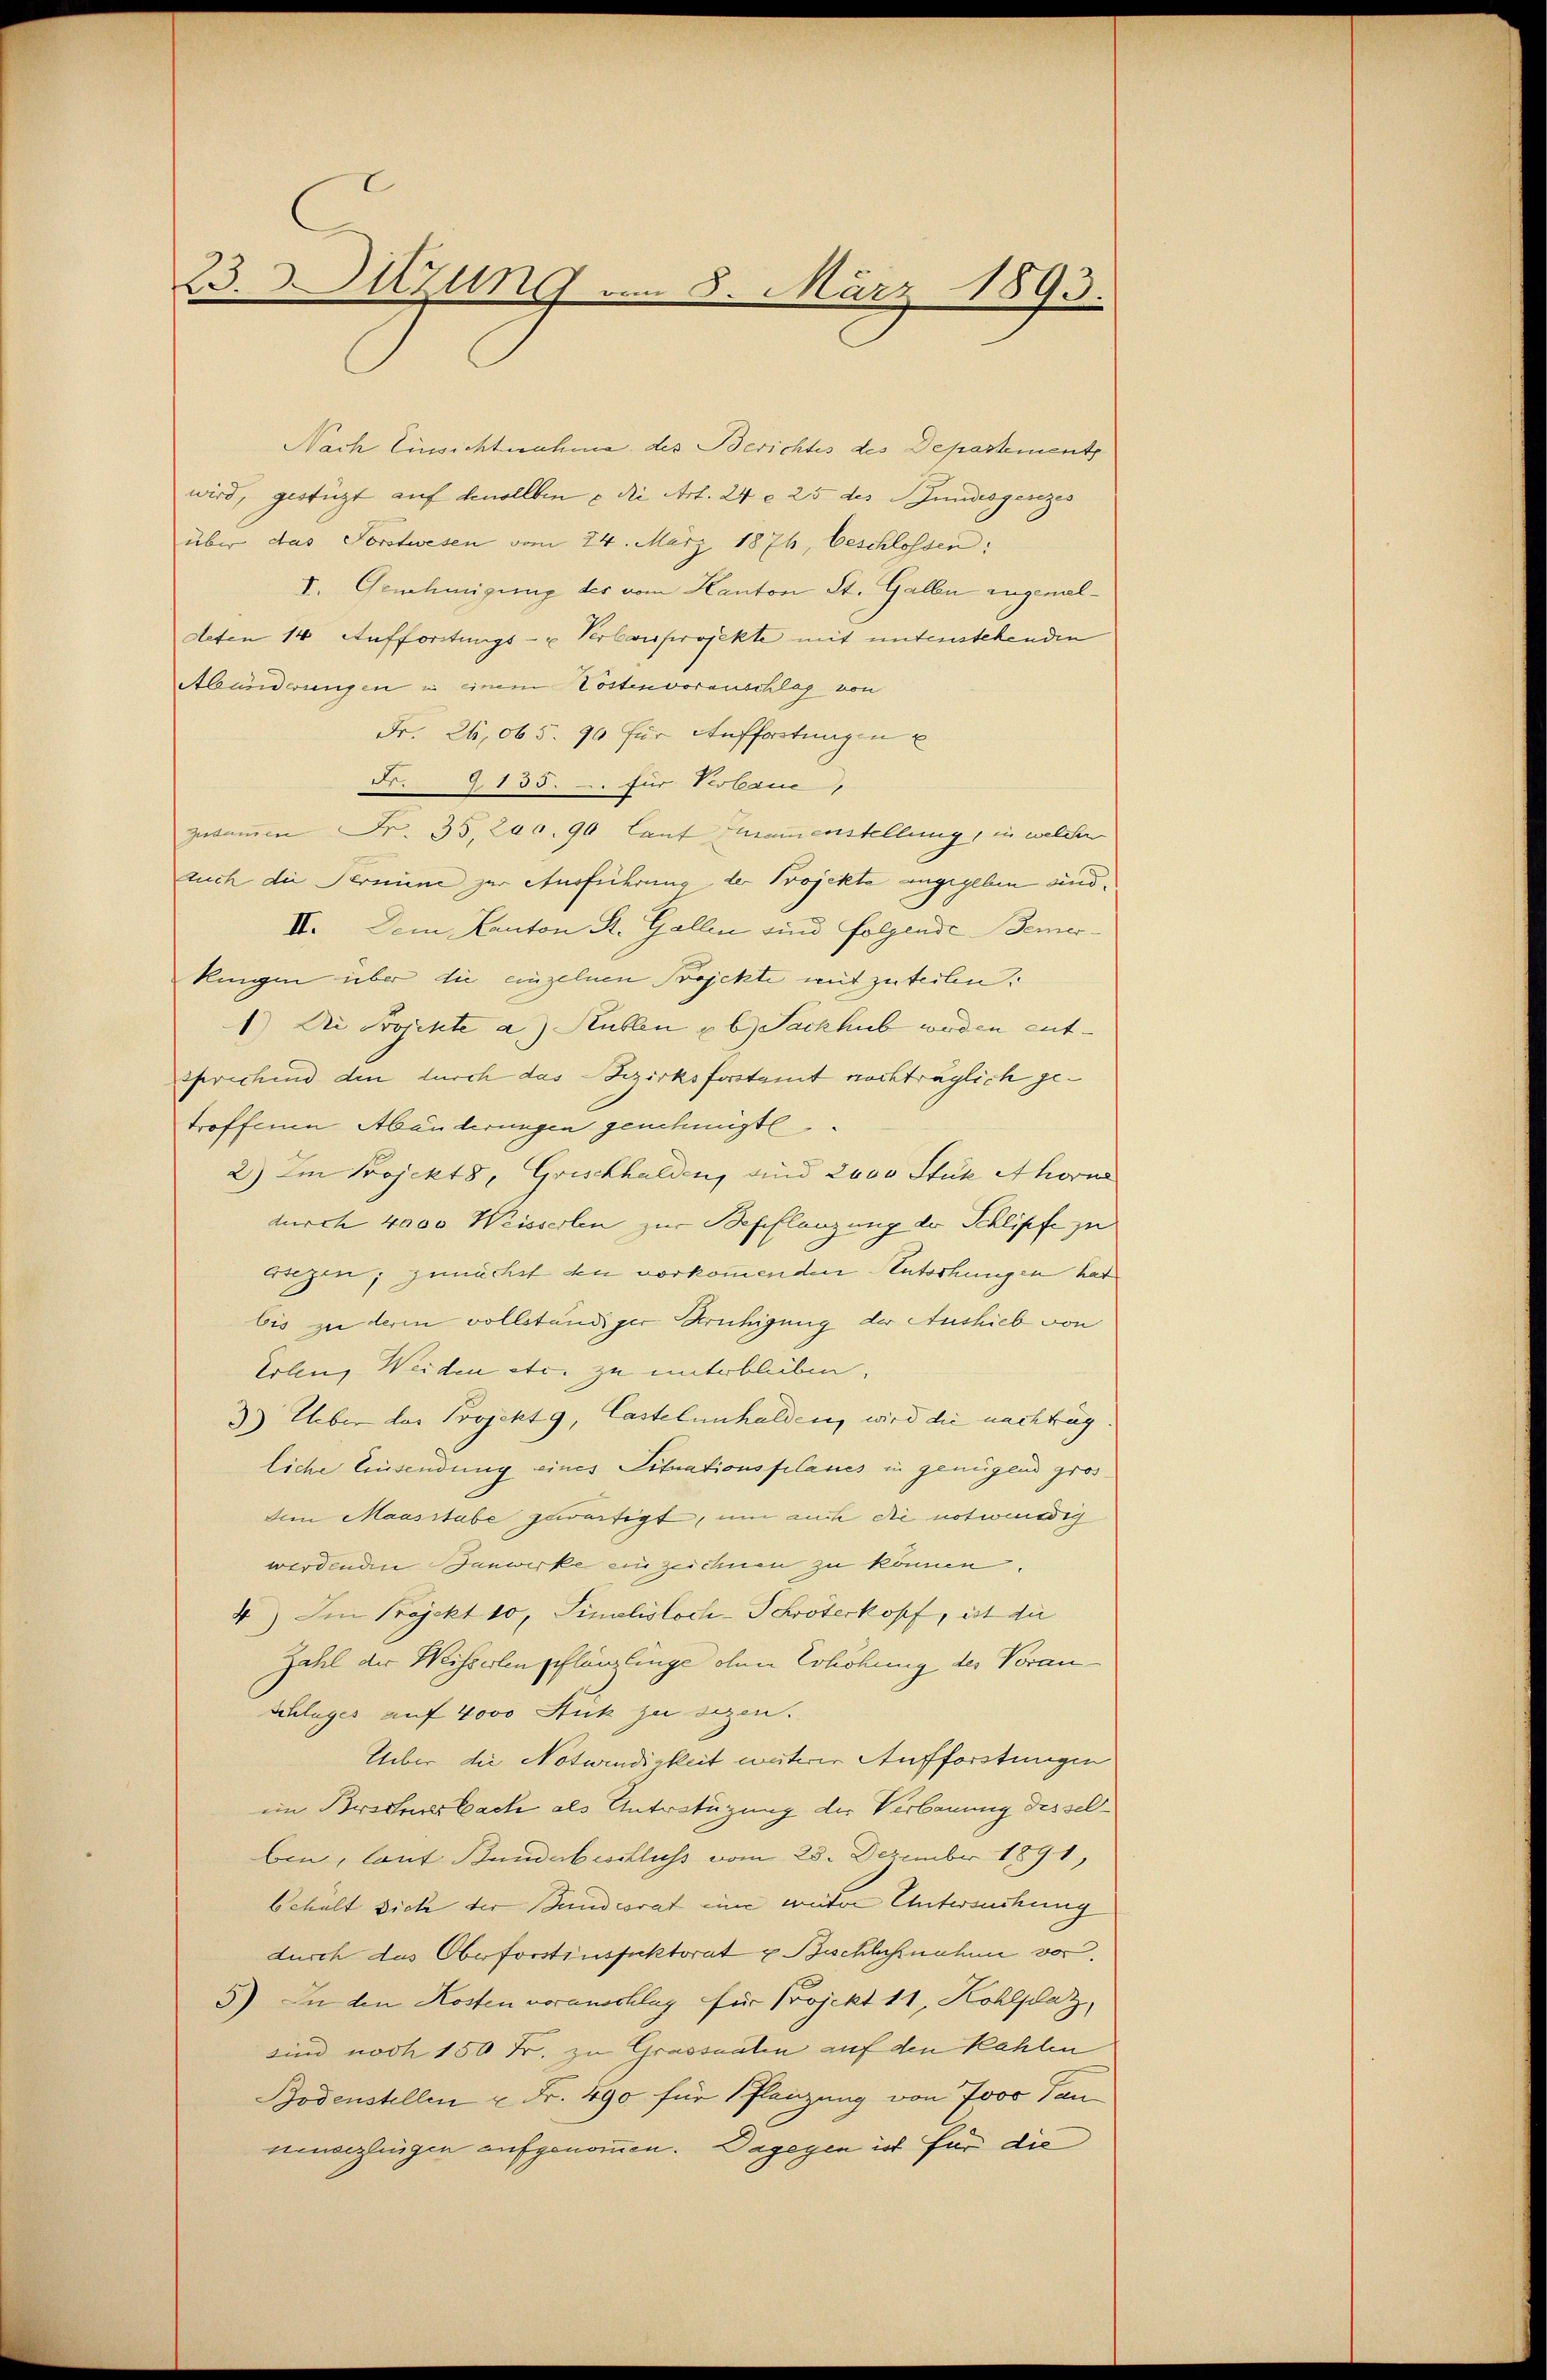
23. Sitzung am 8. März 1893.

Nach Einsichtnahme des Berichtes des Departements
wird, gestüzt auf devollben u die Art. 24 § 25 des Bundesgesezes
über das Forstwesen vom 24. März 1876, beschlossen:
I. Genehmigung des vom Kanton St. Gallen augenaldeten 14 Aufforstungs- u Verbauprojekte mit unterstehenden
Abänderungen in einem Postenvorauschlag von
Fr. 26,065. 90 für Auffortungen u
Fr. 2135. – für Verbaue
zusammen Fr. 35,200. 90 laut namenstellung, in welcher
auch die Termine zur Ausführung der Projekte angegeben and
IV. Dem Kanton St. Gallen und folgende Bemer¬
Rungen über die einzelnen Projekte mit zuteilen.
1.) Die Projekte a) Rüblen u b Sackhub werden entsprechend den durch das Bezirksforstamt nachträglich getroffenen Abänderungen genehmigt
2) Im Projekts, Grischhalden, und 2000 Stük Ahorne
durch 4000 Weisserlen zur Befeflanzung der Schlipfe zu
erlegen; zunächst den vorkommenden Autorhungen hat
bis zu deren vollständiger Bruhigung der Aushieb von
Erlen, Weiden etc. zu unterblieben,
3) Über das Projekt 9, Castelunhalden, wird die nachtrag
liche Einsendung eines Situationsplanes in genügend groß
den Maasstabe gewärtigt, um auch die notwendig
werdenden Banwirke einzeichnen zu können.
4) Im Projekt 10, Finalisloch-Schröterkopf, ist die
Zahl der Weisserlen pflänzlinge ohnen Erhöhung des Voran¬
Schluges auf 4000 Auk zu sezen.
Über die Notwendigkeit unterer Aufforstungen
im Beschensbach als Anträtüzung der Verbauung des selben, laut Bundebeschluss vom 25. Dezember 1891,
behalt sich der Bundesrat eine weiter Untersuchung
durch das Oberforstinspektorat u Beschlußnahme vor.
5) In den Kosten voranschlag für Projekt 11, Kohlplaz,
sind noch 150 Fr. zu Grassnalen auf den Kahlen
Bodenstellen u Fr. 490 für Planzung von 7000 Tan
nenverlingen aufgenommen. Dagegen ist für die